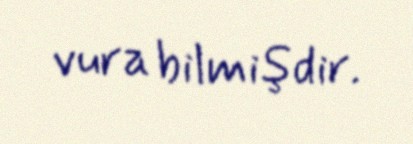
vura bilmişdir.